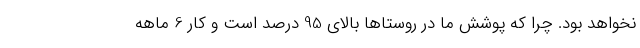
نخواهد بود. چرا که پوشش ما در روستاها بالای 95 درصد است و کار 6 ماهه